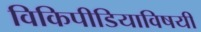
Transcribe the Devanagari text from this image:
विकिपीडियाविषयी